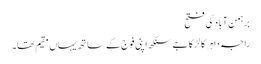
برہمن آباد کی فتح
راجہ داہر کا لڑکا جے سنگھ اپنی فوج کے ساتھ یہاں مقیم تھا۔